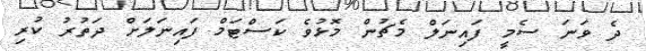
ދެ ވަނަ ސެމީ ފައިނަލް މެޗުން މޮޅުވެ ކަސްޓަމް ފައިނަލަށް ދަތުރު ކުރި